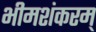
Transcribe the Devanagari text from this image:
भीमशंकरम्